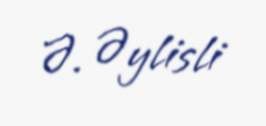
Ə. Əylisli